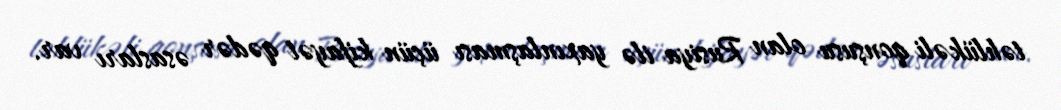
təhlükəli qonşusu olan Rusiya ilə yaxınlaşması üçün kifayət qədər əsasları var.